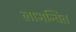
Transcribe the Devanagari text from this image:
लाभन्वित